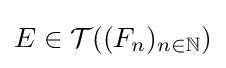
E\in {\mathcal {T}}((F_{n})_{n\in \mathbb {N} })